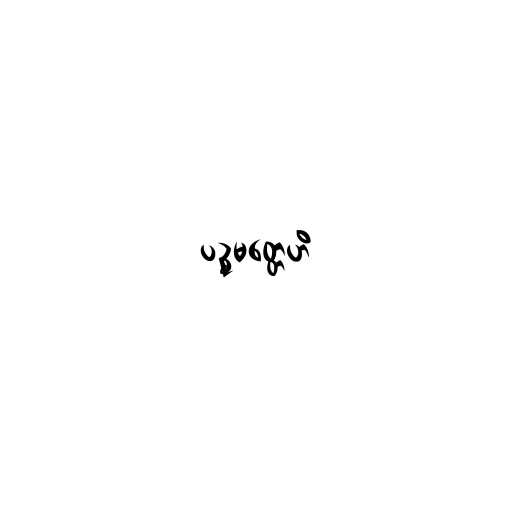
ပဉ္စမတ္တေဟိ